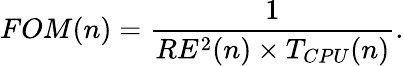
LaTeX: FOM(n)=\frac{1}{RE^{2}(n)\times T_{CPU}(n)}.